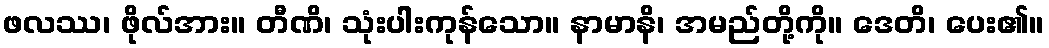
ဖလဿ၊ ဖိုလ်အား။ တီဏိ၊ သုံးပါးကုန်သော။ နာမာနိ၊ အမည်တို့ကို။ ဒေတိ၊ ပေး၏။